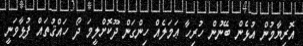
އޮރިޔާމުން އުޅެން ބޭނުން ހުރިހާ ޢަމަލެއް ހިންގަން ދޫކޮށްލީމަ ދޯ ހައްޤުތައް ފުޅާވަނީ